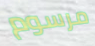
مرسوم